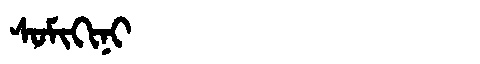
Manchu: ᠰᠣᠮᡳᡴᡳᠨᡳ
Romanization: SOMIKINI